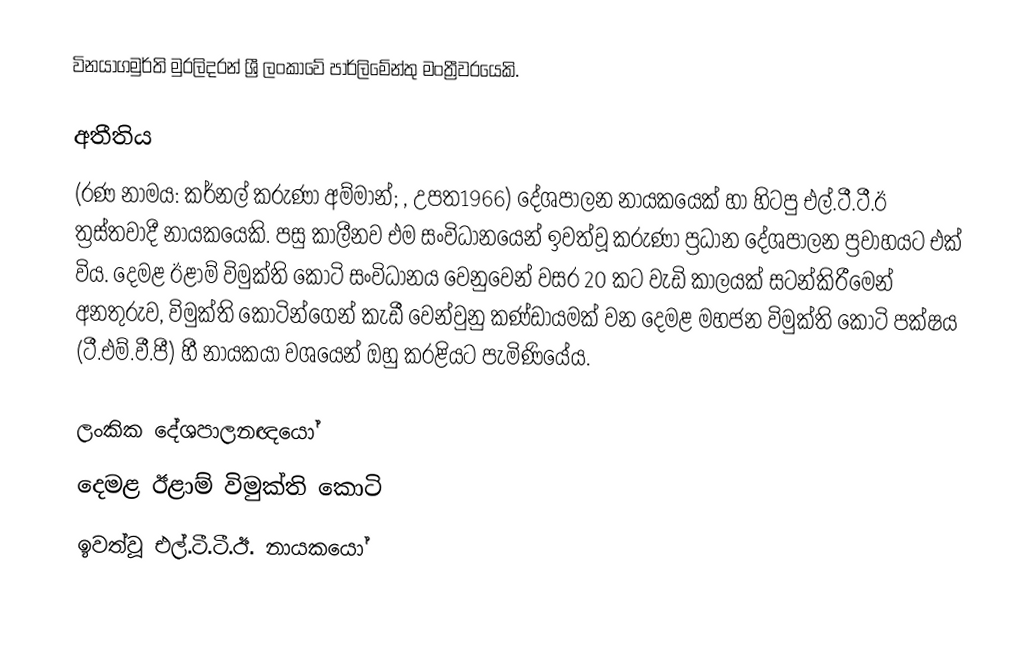
විනයාගමුර්ති මුරලිදරන් ශ්‍රී ලංකාවේ පාර්ලිමේන්තු මංත්‍රීවරයෙකි.

අතීතිය
(රණ නාමය: කර්නල් කරුණා අම්මාන්; , උපත1966) දේශපාලන නායකයෙක් හා හිටපු එල්.ටී.ටී.ඊ ත්‍රස්තවාදී නායකයෙකි. පසු කාලීනව එම සංවිධානයෙන් ඉවත්වූ කරුණා ප්‍රධාන දේශපාලන ප්‍රවාහයට එක් විය. දෙමළ ඊළාම් විමුක්ති කොටි සංවිධානය වෙනුවෙන් වසර 20 කට වැඩි කාලයක් සටන්කිරීමෙන් අනතුරුව, විමුක්ති කොටින්ගෙන් කැඩී වෙන්වුනු කණ්ඩායමක් වන  දෙමළ මහජන විමුක්ති කොටි පක්ෂය (ටී.එම්.වී.පී) හී නායකයා වශයෙන් ඔහු කරළියට පැමිණියේය.

ලංකික දේශපාලනඥයෝ
දෙමළ ඊළාම් විමුක්ති කොටි
ඉවත්වූ එල්.ටී.ටී.ඊ. නායකයෝ